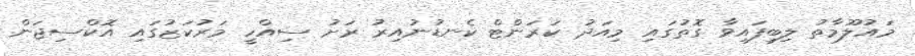
މައުލޫމާތު ލިބިފައިވާ ގޮތުގައި މިއަދު ކަރަންޓް ކެނޑުނުއިރު ރަށު ސިއްހީ މަރުކަޒުގައި އޮކްސިޖަން